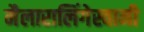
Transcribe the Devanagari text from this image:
मैलारालिंगेस्वामी